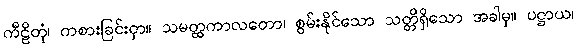
ကီဠိတုံ၊ ကစားခြင်းငှာ။ သမတ္ထကာလတော၊ စွမ်းနိုင်သော သတ္တိရှိသော အခါမှ။ ပဋ္ဌာယ၊